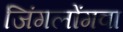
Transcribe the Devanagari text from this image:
जिंगलोंगवा